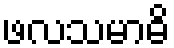
ဖလသမာဓိ